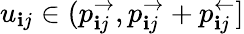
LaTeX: u_{\mathbf{i}j}\in(p_{\mathbf{i}j}^{\rightarrow},p_{\mathbf{i}j}^{\rightarrow}+p_{\mathbf{i}j}^{\leftarrow}]